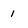
Character: 1